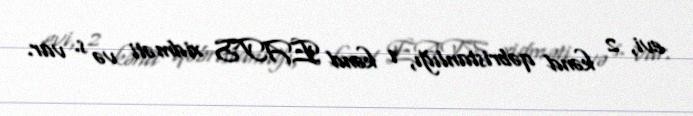
evi, 2 kənd qəbristanlığı, 1 kənd EATS xidməti və s. var.